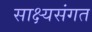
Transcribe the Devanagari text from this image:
साक्ष्यसंगत